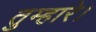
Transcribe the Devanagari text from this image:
तुम्हारे।